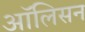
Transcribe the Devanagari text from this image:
ऑलिसन